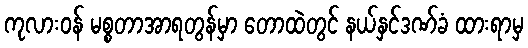
ကုလားဝန် မစ္စတာအာရတွန်မှာ တောထဲတွင် နယ်နှင်ဒဏ်ခံ ထားရာမှ